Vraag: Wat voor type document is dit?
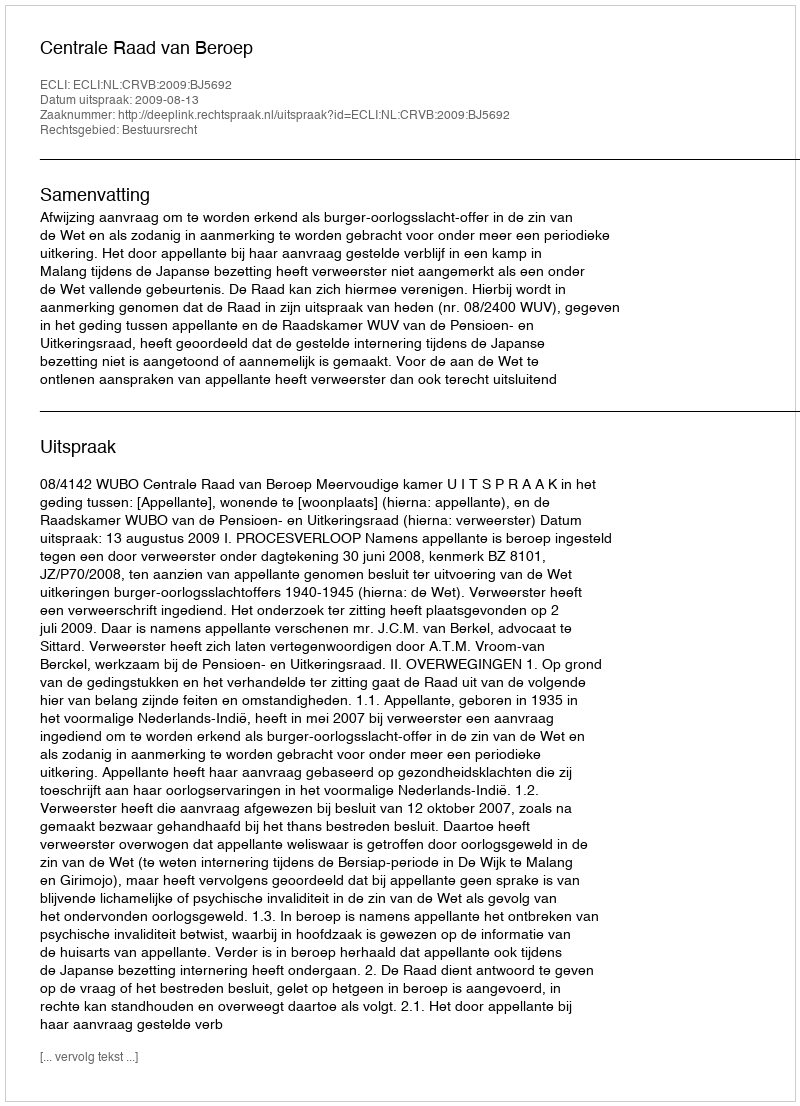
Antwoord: Uitspraak